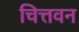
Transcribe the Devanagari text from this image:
चित्तवन